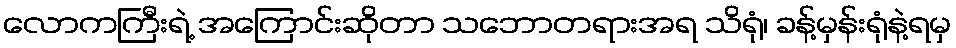
လောကကြီးရဲ့ အကြောင်းဆိုတာ သဘောတရားအရ သိရုံ၊ ခန့်မှန်းရုံနဲ့ရမှ